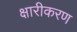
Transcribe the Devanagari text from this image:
क्षारीकरण